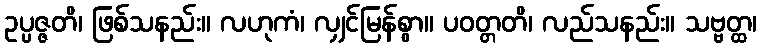
ဥပ္ပဇ္ဇတိ၊ ဖြစ်သနည်း။ လဟုကံ၊ လျှင်မြန်စွာ။ ပဝတ္တတိ၊ လည်သနည်း။ သဗ္ဗတ္ထ၊